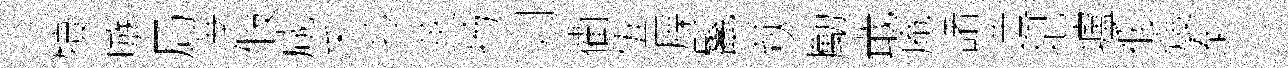
犢嗾局瀑假咸禾拎莢扬则衢伍屧鬣萩勵戢庵諸造圮壚祇熳泰